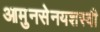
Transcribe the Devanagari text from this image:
आमुनसेनयशस्वी